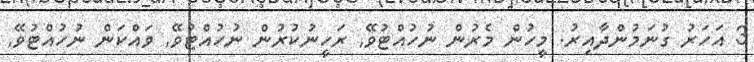
3 އަހަރު ގުނަމުންދާއިރު. މީހުން މެރުން ނުހުއްޓުވޭ